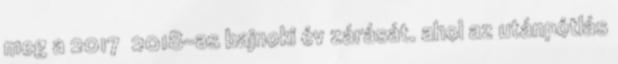
meg a 2017 2018-as bajnoki év zárását. ahol az utánpótlás